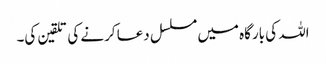
اللہ کی بارگاہ میں مسلسل دعا کرنے کی تلقین کی۔